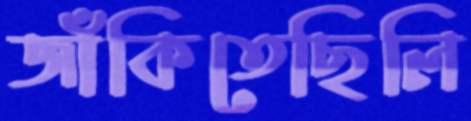
জাঁকিতেছিলি